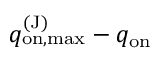
q _ { \mathrm { o n , m a x } } ^ { \mathrm { ( J ) } } - q _ { \mathrm { o n } }